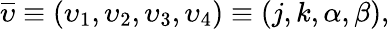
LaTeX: \begin{array}{r}{\overline{{\upsilon}}\equiv(\upsilon_{1},\upsilon_{2},\upsilon_{3},\upsilon_{4})\equiv(j,k,\alpha,\beta),}\end{array}